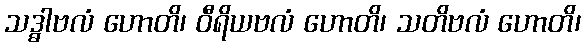
သဒ္ဓါဗလံ ဟောတိ၊ ဝီရိယဗလံ ဟောတိ၊ သတိဗလံ ဟောတိ၊